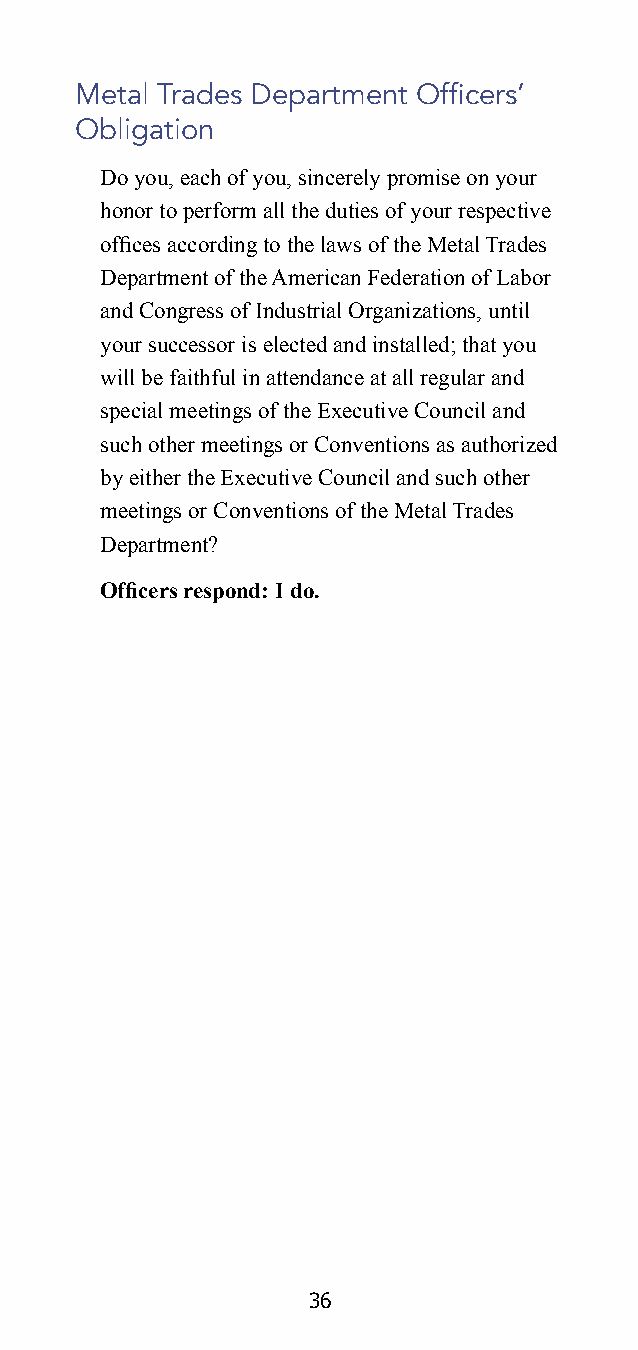
Metal Trades Department Officers’
 Obligation
 Do you, each of you, sincerely promise on your
 honor to perform all the duties of your respective
 offices according to the laws of the Metal Trades
 Department of the American Federation of Labor
 and Congress of Industrial Organizations, until
 your successor is elected and installed; that you
 will be faithful in attendance at all regular and
 special meetings of the Executive Council and
 such other meetings or Conventions as authorized
 by either the Executive Council and such other
 meetings or Conventions of the Metal Trades
 Department?
 Officers respond: I do.
 36